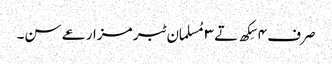
صرف ٤ سِکھ تے ٣ مُسلمان ٹبر مزارعے سن۔